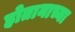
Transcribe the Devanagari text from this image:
होतानाच्या